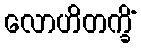
လောဟိတက္ခိံ